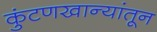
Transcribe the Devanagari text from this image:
कुंटणखान्यांतून